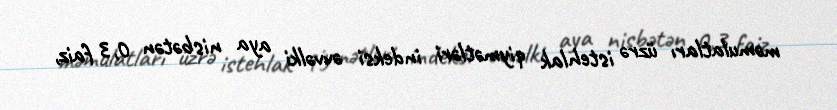
məmulatları üzrə istehlak qiymətləri indeksi əvvəlki aya nisbətən 0,3 faiz,